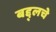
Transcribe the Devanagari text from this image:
बद्द्लचे